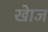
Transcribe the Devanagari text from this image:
खाेज